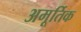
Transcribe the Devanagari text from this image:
अमूर्तिक